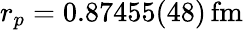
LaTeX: r_{p}=0.87455(48)\, \textrm{fm}